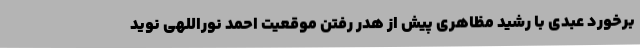
برخورد عبدی با رشید مظاهری پیش از هدر رفتن موقعیت احمد نوراللهی نوید